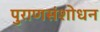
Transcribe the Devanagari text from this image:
पुराणसंशोधन